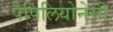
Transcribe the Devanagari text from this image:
पैपिलियोनेसी